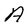
Character: A